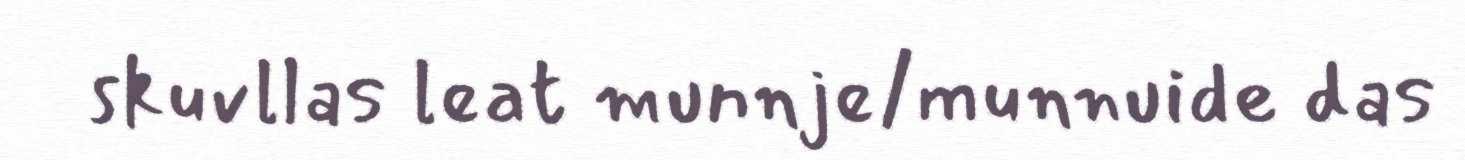
skuvllas leat munnje/munnuide das